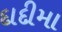
દાદીમા